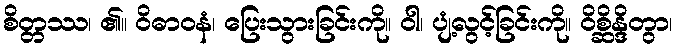
စိတ္တဿ၊ ၏။ ဝိဓာဝနံ၊ ပြေးသွားခြင်းကို။ ဝါ၊ ပျံ့လွင့်ခြင်းကို။ ဝိစ္ဆိန္ဒိတွာ၊